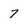
Character: 7